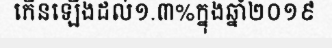
កើនឡើងដល់១.៣%ក្នុងឆ្នាំ២០១៩